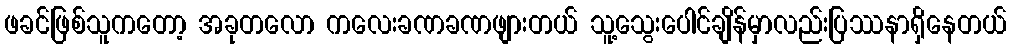
ဖခင်ဖြစ်သူကတော့ အခုတလော ကလေးခဏခဏဖျားတယ် သူ့သွေးပေါင်ချိန်မှာလည်းပြဿနာရှိနေတယ်